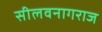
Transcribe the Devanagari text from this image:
सीलवनागराज